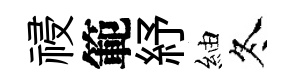
祲範紓紬冬